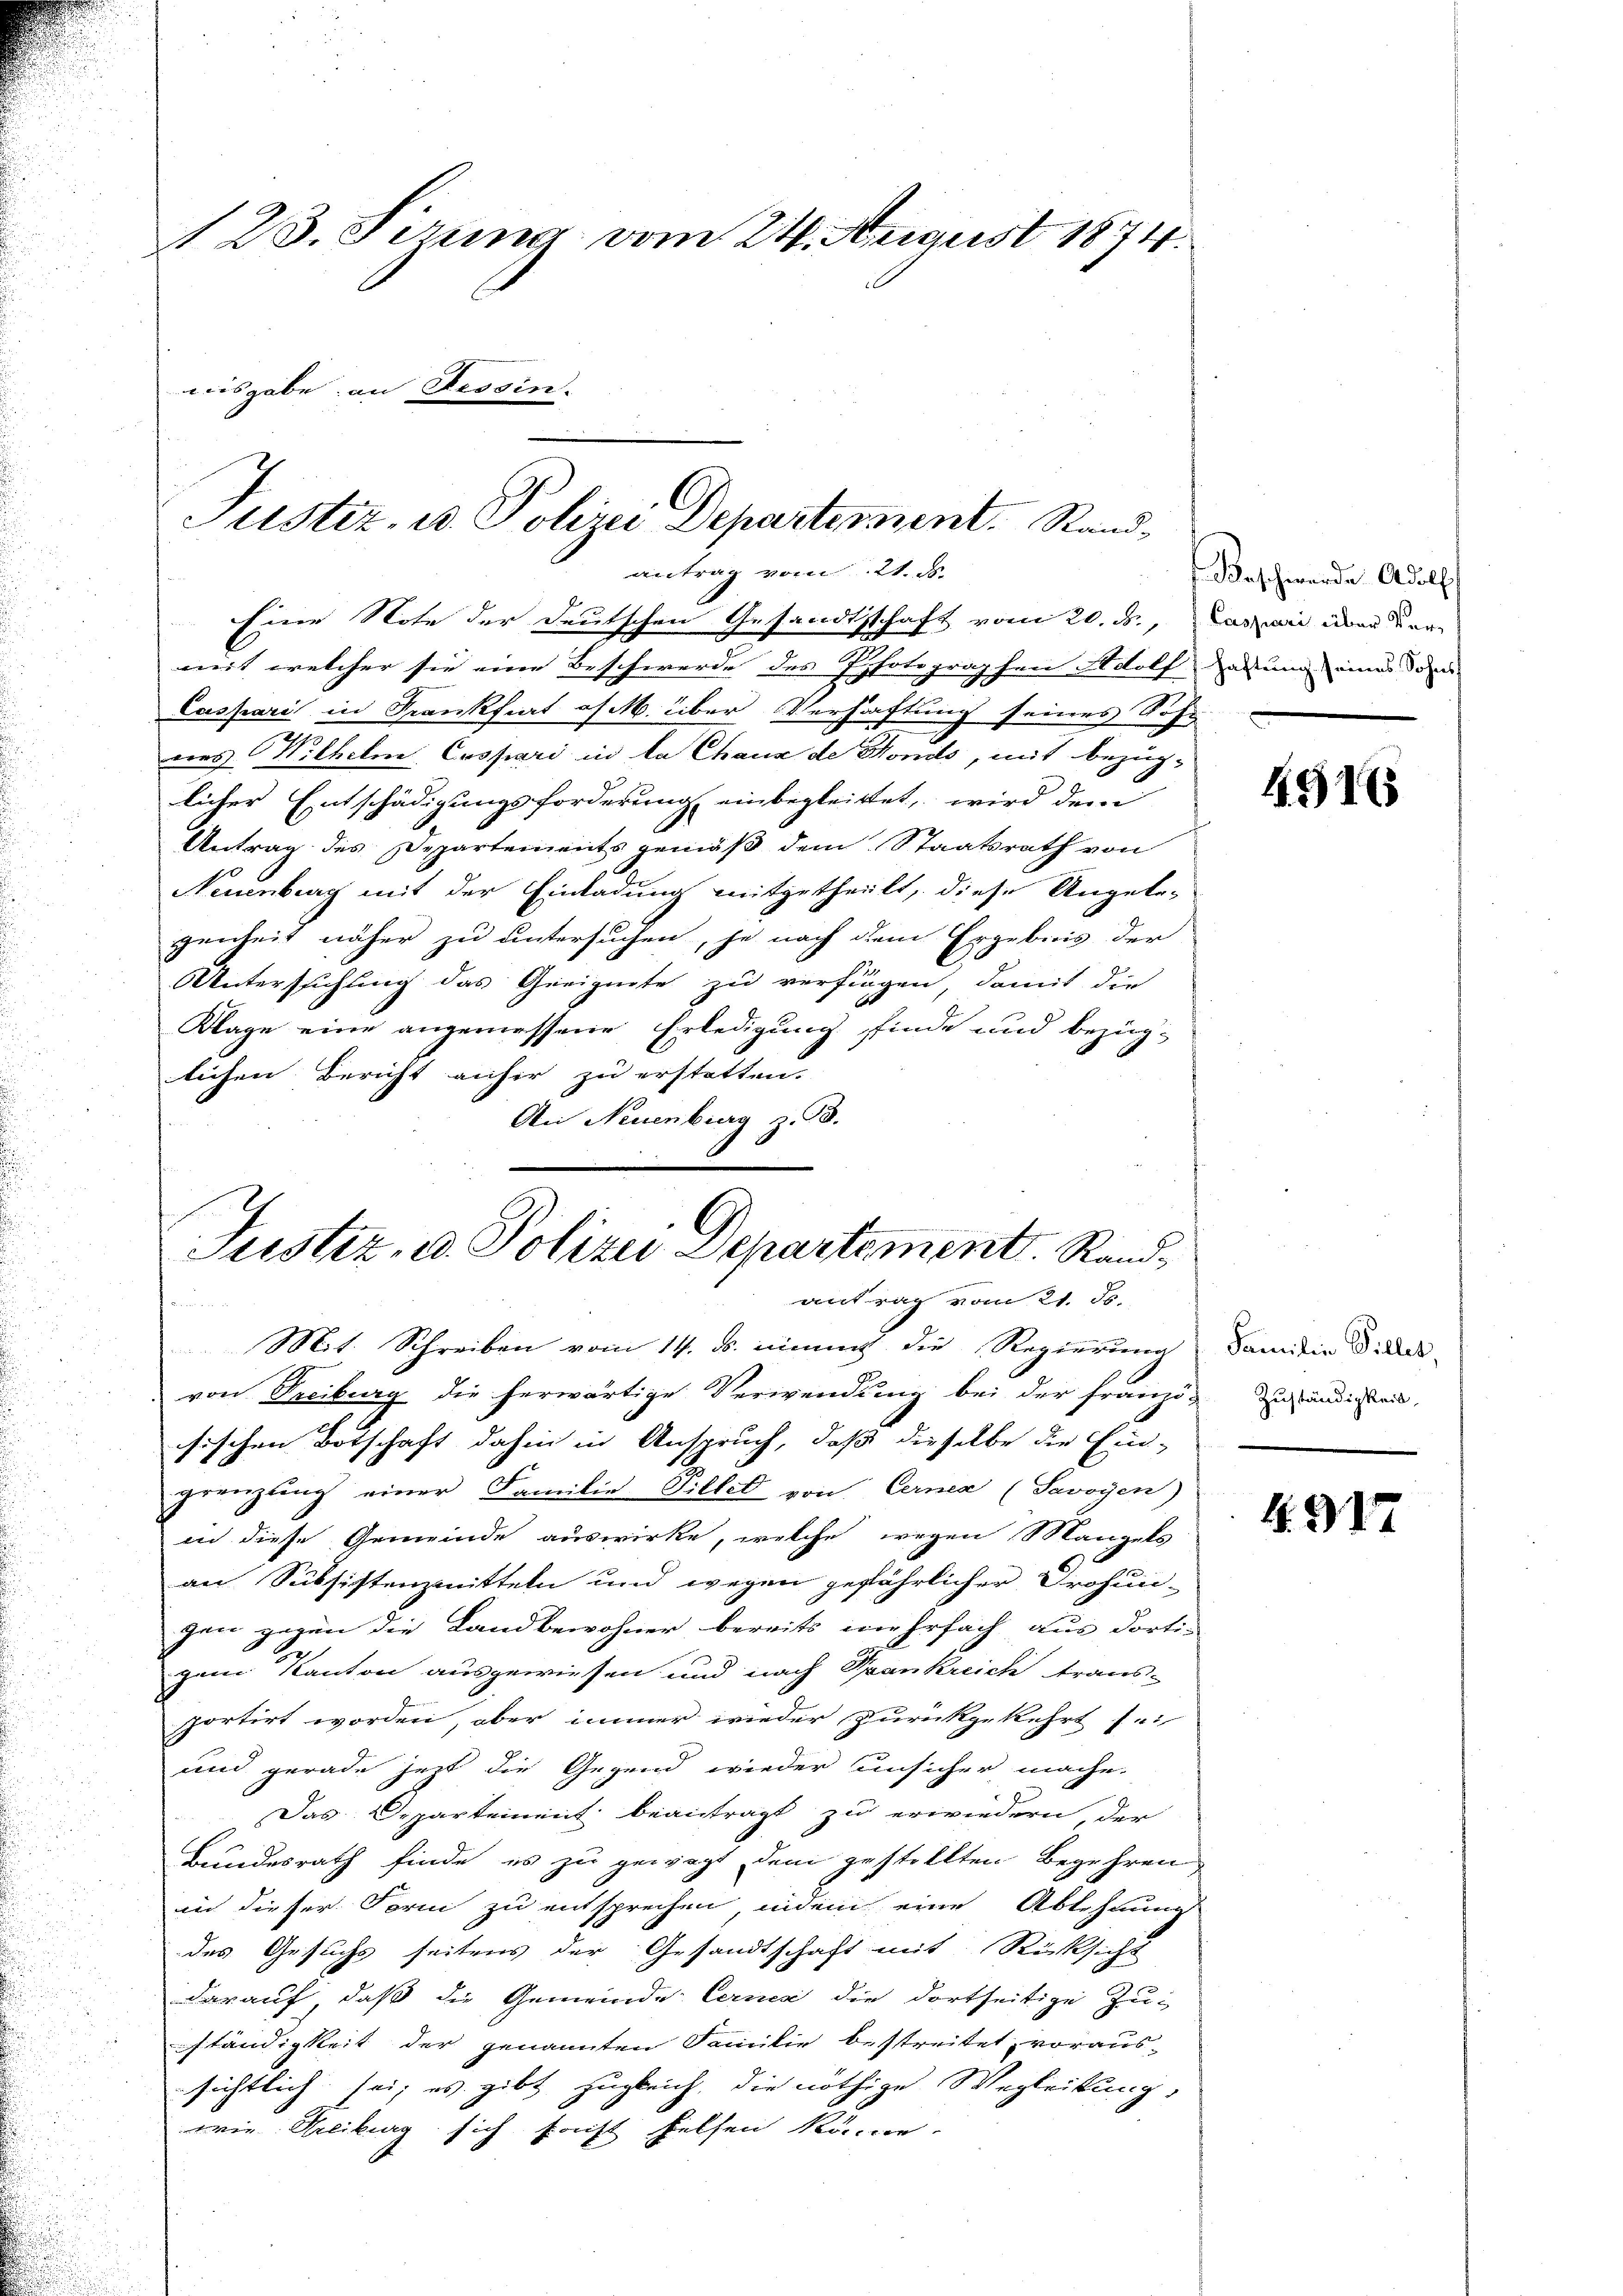
123. Sizung vom 24. August 1874.
aisgabe an Tessin.

Eine Note der Deutschen Gesandtschaft vom 20. ds., Caszari aber dermit welcher sie eine Beschwerde des Photographen Adolf gerung eines dem
Caspari in Krankfiat of M. über Verhaftung seines Sohnes Wilhelm Caspari in la Chaux de Honils, mit bezüg-
licher Entschädigungsforderung einbegleitet, wird dem
Antrag des Departements gemäß dem Staatsrath von
Neuenburg mit der Einladung mitgetheilt, diese Angele-
genheit näher zu untersuchen, je nach dem Ergebnis der
Untersuchung das Geeignete zu verfungen, damit die
Wage eine angemessene Erledigung finde und bezirlichen Bericht anher zu erstatten.
An Neuenburg z. B.

Justiz, u. Polizei Departement. Standantrag vom 21. ds.

Justiz- u. Polizei Departement. Randantrag vom 21. Js.
4

Beschwerde Adolf

Mit Schreiben vom 14. ds. einmit die Regierung
von Treiburg die herwärtige Verwendung bei der Franzig zuständigkeit,
sischen Botschaft dahin in Anspruch, daß dieselbe die Ein-
grenztung einer Familie Tillet von Cerner (Savoyen)
in diese Gemeinde auswirke, welche wegen Mangels
an Subsistenzmitteln und wegen gefährlicher Drohun-
zen gegen die Landbewohner bereits wehrfach aus dorti-
gem Kanton ausgewiesen und nach Spankreich traus-
portirt worden, aber immer wieder zurückgekehrt sei
und gerade jetzt die Gegend wieder unsicher mache.
Das Departement beantragt zu erwiedern, der
Bundesrath finde es zu gewagt dem gestellten Begehren
in dieser Form zu entsprechen, indem eine Ablehnung
des Gesuchs seitens der Gesandtschaft mit Rücksicht
darauf, daß die Gemeinde Cernen die dortseitige Zu-
ständigkeit der genannten Familie bestreitet, voraussichtlich sei; es gibt zugleich, die nöthige Wegleitung,
wie Deliberg sich frist helfen könne.

4916

Familie Pillet,

1. 917